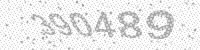
Solution: 390489